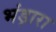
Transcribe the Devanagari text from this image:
भंड़ारा